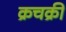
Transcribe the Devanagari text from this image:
क्रचक्री